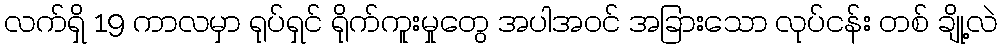
လက်ရှိ 19 ကာလမှာ ရုပ်ရှင် ရိုက်ကူးမှုတွေ အပါအဝင် အခြားသော လုပ်ငန်း တစ် ချို့လဲ